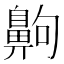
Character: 齁